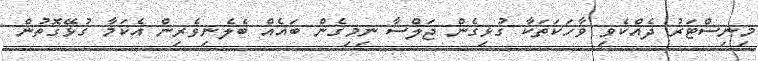
މިނިސްޓަރު ދެއްކެވި ވާހަކަތަކާ ގުޅިގެން ޖަލްސާ ނިމިގެން ބައެއް ބެލެނިވެރިން އެކަމާ ގުޅޭގޮތުން